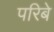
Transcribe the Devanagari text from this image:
परिबे